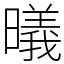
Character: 㬢